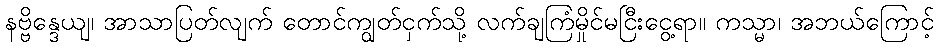
နဗ္ဗိန္ဒေယျ၊ အာသာပြတ်လျက် တောင်ကျွတ်ငှက်သို့ လက်ချကြံမှိုင်မငြီးငွေ့ရာ။ ကသ္မာ၊ အဘယ်ကြောင့်